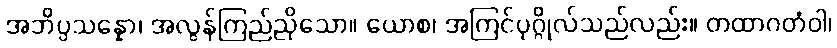
အဘိပ္ပသန္နော၊ အလွန်ကြည်ညိုသော။ ယောစ၊ အကြင်ပုဂ္ဂိုလ်သည်လည်း။ တထာဂတံဝါ၊